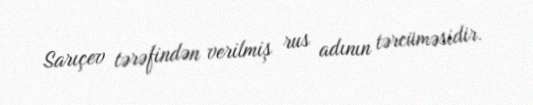
Sarıçev tərəfindən verilmiş rus adının tərcüməsidir.